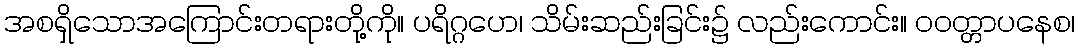
အစရှိသောအကြောင်းတရားတို့ကို။ ပရိဂ္ဂဟေ၊ သိမ်းဆည်းခြင်း၌ လည်းကောင်း။ ဝဝတ္တာပနေစ၊